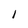
Character: I